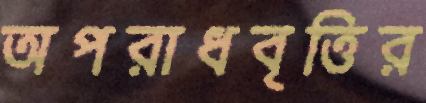
অপরাধবৃত্তির